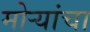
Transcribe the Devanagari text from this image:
मोर्‍यांचा